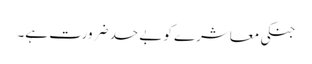
جنکی معاشرے کو بے حد ضرورت ہے۔